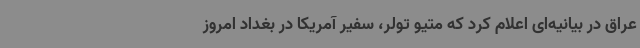
عراق در بیانیه‌ای اعلام کرد که متیو تولر، سفیر آمریکا در بغداد امروز